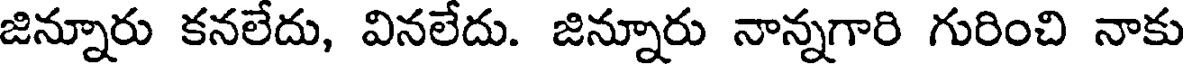
జిన్నూరు కనలేదు, వినలేదు. జిన్నూరు నాన్నగారి గురించి నాకు